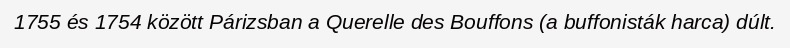
1755 és 1754 között Párizsban a Querelle des Bouffons (a buffonisták harca) dúlt.